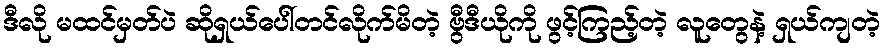
ဒီလို မထင်မှတ်ပဲ ဆိုရှယ်ပေါ်တင်လိုက်မိတဲ့ ဗွီဒီယိုကို ဖွင့်ကြည့်တဲ့ လူတွေနဲ့ ရှယ်ကျတဲ့